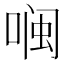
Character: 𮰖